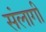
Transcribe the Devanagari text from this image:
संलागी